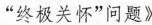
”终极关怀”问题》